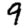
Digit: 9